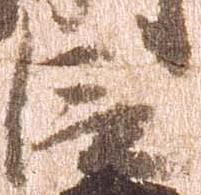
臣